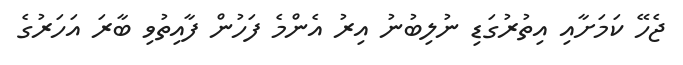
ޖެހޭ ކަމަށާއި އިތުރުގަޑި ނުލިބުނު އިރު އެންމެ ފަހުން ފާއިތުވި ބާރަ އަހަރުގެ